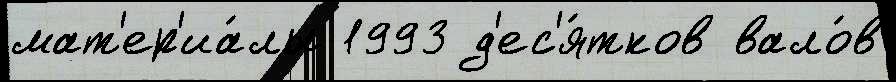
мат'ер'иа́лы 1993 д'ес'я́тков вало́в